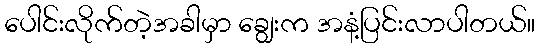
ပေါင်းလိုက်တဲ့အခါမှာ ချွေးက အနံ့ပြင်းလာပါတယ်။